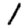
Digit: 1